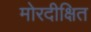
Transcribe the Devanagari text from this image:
मोरदीक्षित